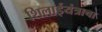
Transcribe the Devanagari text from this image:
शिलाईयंत्राचा